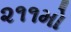
૨૧૧મો